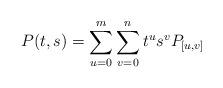
LaTeX: \begin{align*}P(t,s)=\sum^{m}_{u=0} \sum^{n}_{v=0}t^{u}s^{v}P_{[u,v]}\end{align*}